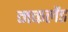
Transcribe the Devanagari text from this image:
मकलैंड